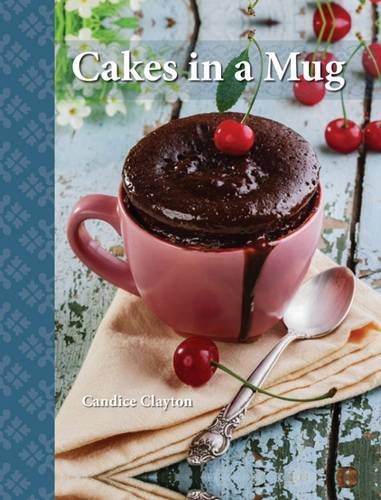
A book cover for Cakes In a Mug; Candice Clayton; Cookbooks, Food & Wine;